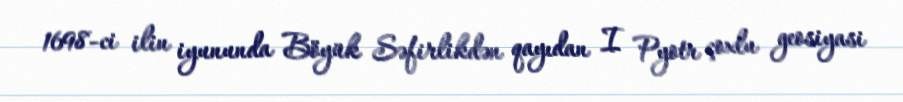
1698-ci ilin iyununda Böyük Səfirlikdən qayıdan I Pyotr çoxlu geosiyasi